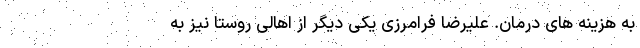
به هزینه های درمان. علیرضا فرامرزی یکی دیگر از اهالی روستا نیز به